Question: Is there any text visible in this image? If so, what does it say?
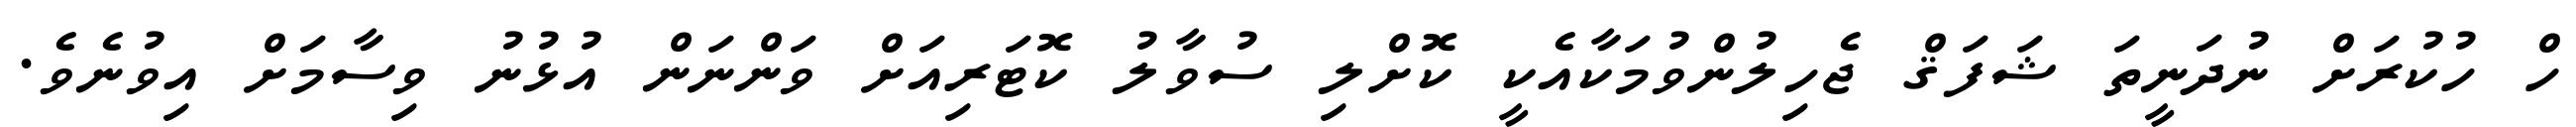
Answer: ހް ހުކުރަށް ނުދަނީތަ ޝަފަޤް ޖެހިލުންވުމަކާއެކީ ކޮށްލި ސުވާލު ކޮޓަރިއަށް ވަންނަން އުޅުނު ވިސާމަށް އިވުނެވެ.